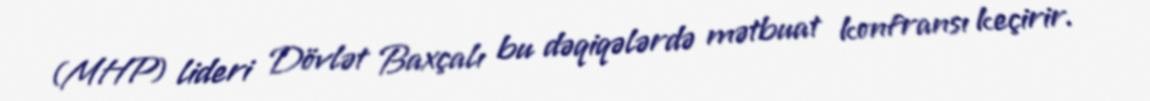
(MHP) lideri Dövlət Baxçalı bu dəqiqələrdə mətbuat konfransı keçirir.